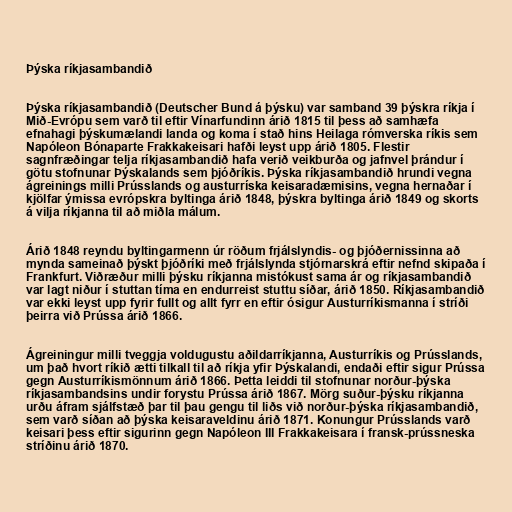
Þýska ríkjasambandið

Þýska ríkjasambandið (Deutscher Bund á þýsku) var samband 39 þýskra ríkja í
Mið-Evrópu sem varð til eftir Vínarfundinn árið 1815 til þess að samhæfa
efnahagi þýskumælandi landa og koma í stað hins Heilaga rómverska ríkis sem
Napóleon Bónaparte Frakkakeisari hafði leyst upp árið 1805. Flestir
sagnfræðingar telja ríkjasambandið hafa verið veikburða og jafnvel þrándur í
götu stofnunar Þýskalands sem þjóðríkis. Þýska ríkjasambandið hrundi vegna
ágreinings milli Prússlands og austurríska keisaradæmisins, vegna hernaðar í
kjölfar ýmissa evrópskra byltinga árið 1848, þýskra byltinga árið 1849 og skorts
á vilja ríkjanna til að miðla málum.

Árið 1848 reyndu byltingarmenn úr röðum frjálslyndis- og þjóðernissinna að
mynda sameinað þýskt þjóðríki með frjálslynda stjórnarskrá eftir nefnd skipaða í
Frankfurt. Viðræður milli þýsku ríkjanna mistókust sama ár og ríkjasambandið
var lagt niður í stuttan tíma en endurreist stuttu síðar, árið 1850. Ríkjasambandið
var ekki leyst upp fyrir fullt og allt fyrr en eftir ósigur Austurríkismanna í stríði
þeirra við Prússa árið 1866.

Ágreiningur milli tveggja voldugustu aðildarríkjanna, Austurríkis og Prússlands,
um það hvort ríkið ætti tilkall til að ríkja yfir Þýskalandi, endaði eftir sigur Prússa
gegn Austurríkismönnum árið 1866. Þetta leiddi til stofnunar norður-þýska
ríkjasambandsins undir forystu Prússa árið 1867. Mörg suður-þýsku ríkjanna
urðu áfram sjálfstæð þar til þau gengu til liðs við norður-þýska ríkjasambandið,
sem varð síðan að þýska keisaraveldinu árið 1871. Konungur Prússlands varð
keisari þess eftir sigurinn gegn Napóleon III Frakkakeisara í fransk-prússneska
stríðinu árið 1870.